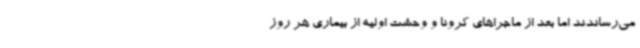
می‌رساندند اما بعد از ماجراهای کرونا و وحشت اولیه از بیماری هر روز